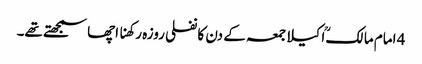
4 امام مالکؒ اکیلاجمعہ کے دن کا نفلی روزہ رکھنا اچھا سمجھتے تھے۔